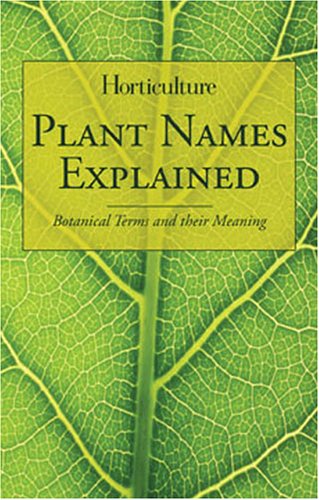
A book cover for Horticulture - Plant Names Explained: Botanical Terms and Their Meaning; Science & Math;